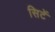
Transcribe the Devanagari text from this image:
सिटें